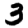
Digit: 3